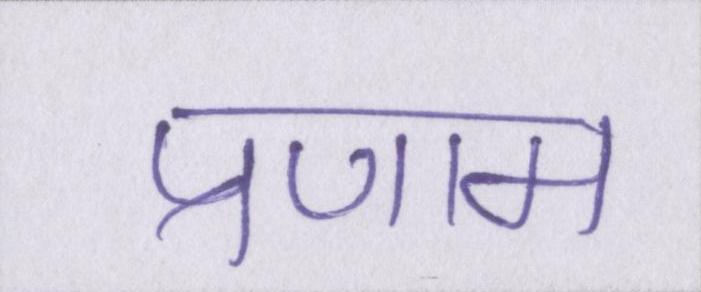
प्रणाम